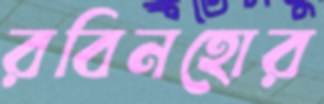
রবিনহোর